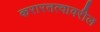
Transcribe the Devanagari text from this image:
करारतत्वावरील